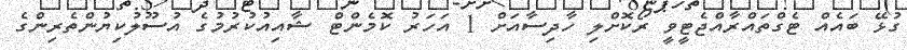
ގުޅޭ ބައެއް ޓެގްތައްރާއްޖެޓީވީ ރޯކޮށްލި ހާދިސާއަށް 1 އަހަރު ކޮމެންޓް ޝާއިއުކުރުމުގެ އުސޫލުކިޔުންތެރިންގެ